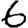
Digit: 6